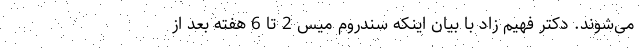
می‌شوند. دکتر فهیم زاد با بیان اینکه سندروم میس 2 تا 6 هفته بعد از